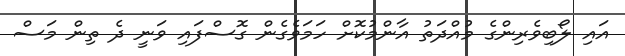
އައި ލޯބިވެރިންގެ މުއްދަތު އާންމުކޮށް ހަމަވެގެން ގޮސްފައި ވަނީ ދެ ތިން މަސް